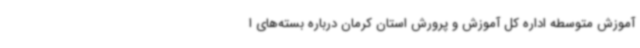
آموزش متوسطه اداره کل آموزش و پرورش استان کرمان درباره بسته‌های ا